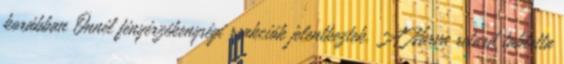
korábban Önnél fényérzékenységi reakciók jelentkeztek. A Narva retard tabletta